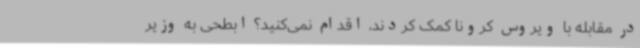
در مقابله با ویروس کرونا کمک کردند، اقدام نمی‌کنید؟ ابطحی به وزیر